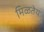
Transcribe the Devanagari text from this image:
मिळतेय